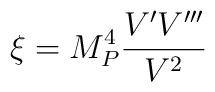
\xi = M_P^4 \frac{V^{\prime}V^{\prime\prime\prime}}{V^2}